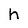
Character: h